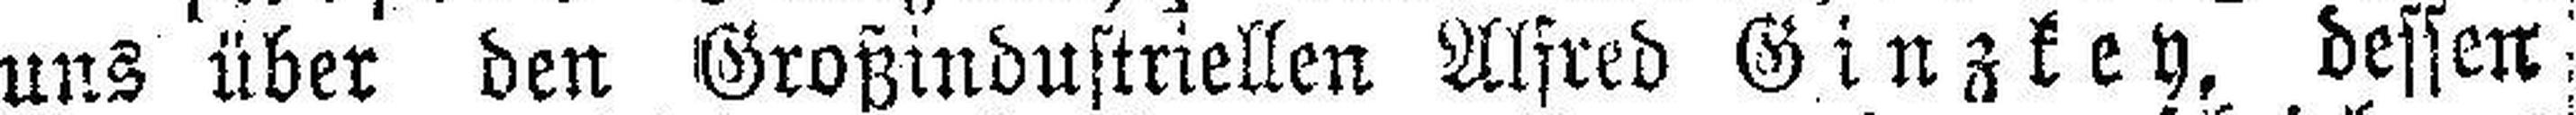
uns über den Großindustriellen Alfred Ginzkey, dessen